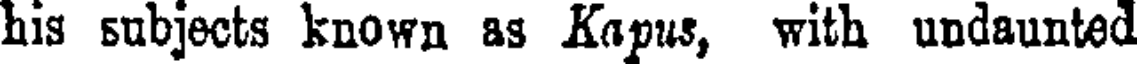
his subjects known as Kapus, with undaunted